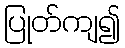
ပြုတ်ကျ၍